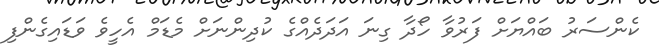
ކެންސަރު ބައްޔަށް ފަރުވާ ހޯދާ ގިނަ އަދަދެއްގެ ކުދިންނަށް މެޑަމް އެހީވެ ވަޑައިގެންފި